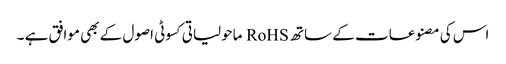
اس کی مصنوعات کے ساتھ RoHS ماحولیاتی کسوٹی اصول کے بھی موافق ہے ۔